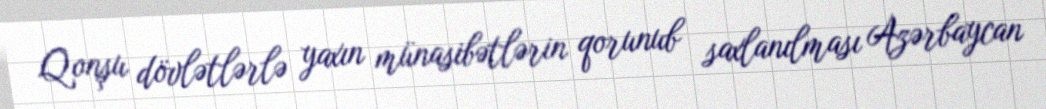
Qonşu dövlətlərlə yaxın münasibətlərin qorunub saxlanılması Azərbaycan